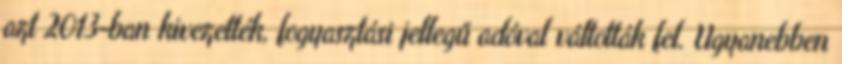
azt 2013-ban kivezették, fogyasztási jellegű adóval váltották fel. Ugyanebben